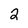
Character: 2